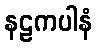
နဠကပါနံ